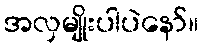
အလှမျိုးပါပဲနော်။